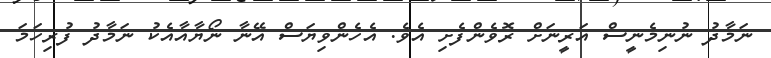
ނަމާދު ނުނިމެނީސް އަރީނަށް ރޮވެންފެށި އެވެ. އެހެންވިޔަސް އޭނާ ނޯޔާއާއެކު ނަމާދު ފުރިހަމަ